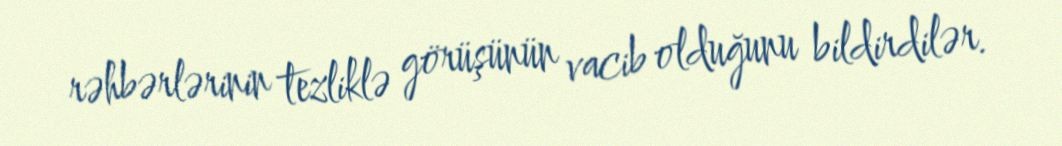
rəhbərlərinin tezliklə görüşünün vacib olduğunu bildirdilər.